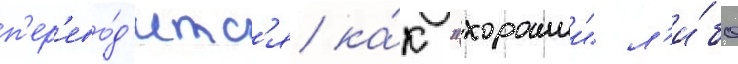
п'ер'ево́д'итс'я ка́к "хорошии" л'и́бо